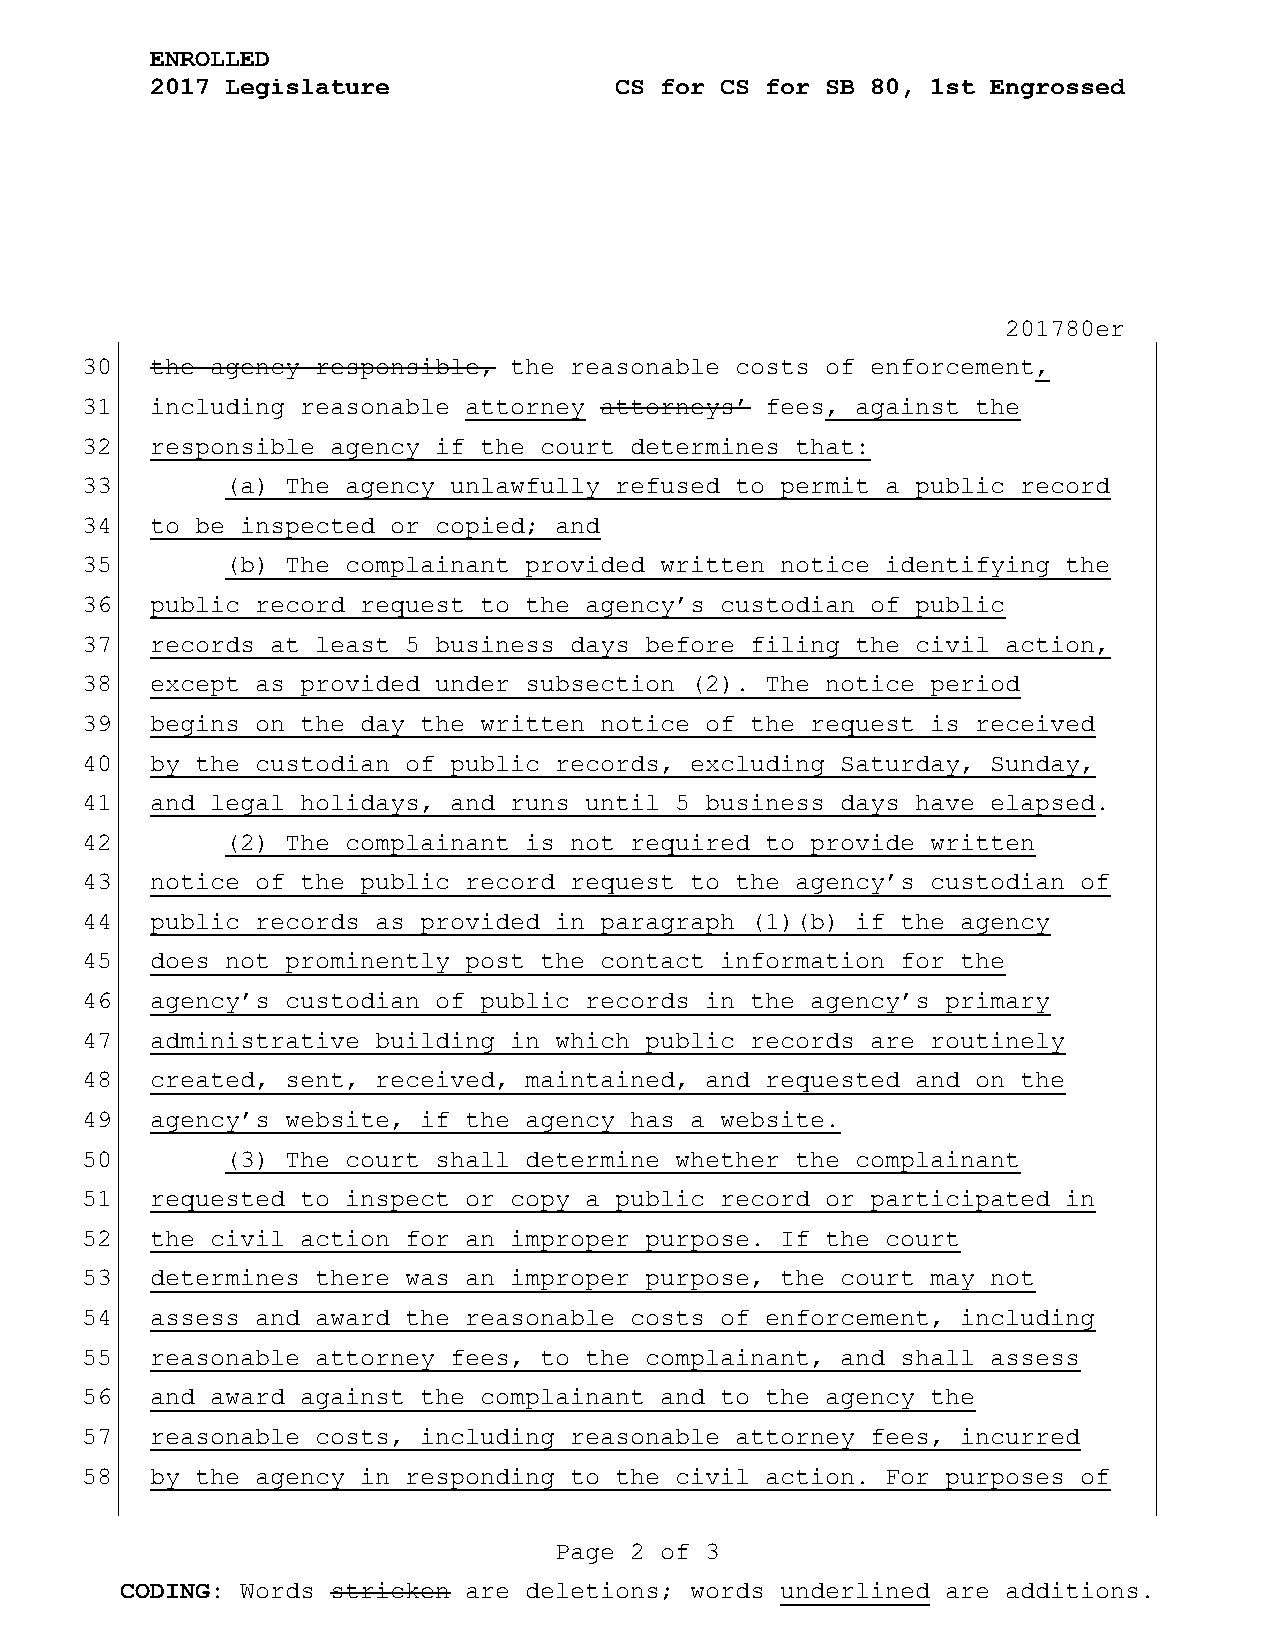
ENROLLED
 2017 Legislature               CS for CS for SB 80, 1st Engrossed
 201780er
 30   the agency responsible, the reasonable costs of enforcement,
 31   including reasonable attorney attorneys’ fees, against the
 32   responsible agency if the court determines that:
 33        (a) The agency unlawfully refused to permit a public record
 34   to be inspected or copied; and
 35        (b) The complainant provided written notice identifying the
 36   public record request to the agency’s custodian of public
 37   records at least 5 business days before filing the civil action,
 38   except as provided under subsection (2). The notice period
 39   begins on the day the written notice of the request is received
 40   by the custodian of public records, excluding Saturday, Sunday,
 41   and legal holidays, and runs until 5 business days have elapsed.
 42        (2) The complainant is not required to provide written
 43   notice of the public record request to the agency’s custodian of
 44   public records as provided in paragraph (1)(b) if the agency
 45   does not prominently post the contact information for the
 46   agency’s custodian of public records in the agency’s primary
 47   administrative building in which public records are routinely
 48   created, sent, received, maintained, and requested and on the
 49   agency’s website, if the agency has a website.
 50        (3) The court shall determine whether the complainant
 51   requested to inspect or copy a public record or participated in
 52   the civil action for an improper purpose. If the court
 53   determines there was an improper purpose, the court may not
 54   assess and award the reasonable costs of enforcement, including
 55   reasonable attorney fees, to the complainant, and shall assess
 56   and award against the complainant and to the agency the
 57   reasonable costs, including reasonable attorney fees, incurred
 58   by the agency in responding to the civil action. For purposes of
 Page 2 of 3
 CODING: Words stricken are deletions; words underlined are additions.